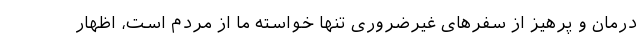
درمان و پرهیز از سفرهای غیرضروری تنها خواسته ما از مردم است، اظهار